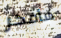
سأفكر